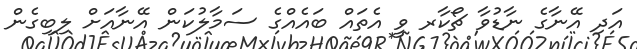
އަދި އޭނާގެ ނާޑުވާ ޗޯކާރ ވީ އެތައް ބައެއްގެ ސަމާލުކަން އޭނާއަށް ލިބިގެން